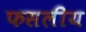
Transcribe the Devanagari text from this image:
फसलीय